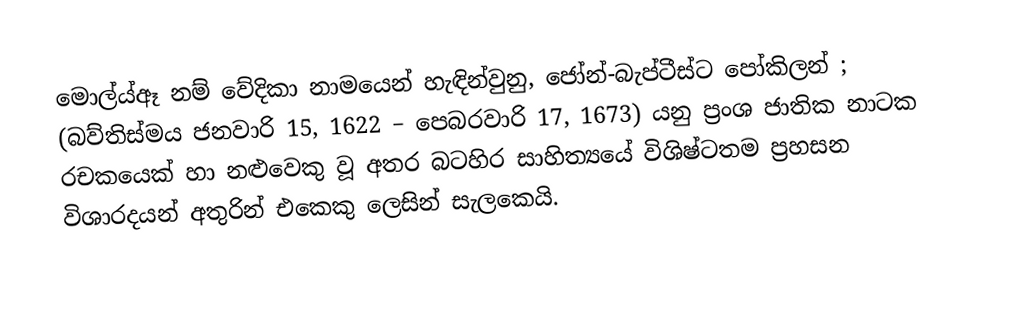
මොල්ය්ඈ නම් වේදිකා නාමයෙන් හැඳින්වුනු, ජෝන්-බැප්ටීස්ට පෝකිලන් ; (බව්තිස්මය ජනවාරි 15, 1622 – පෙබරවාරි 17, 1673) යනු ප්‍රංශ ජාතික නාටක රචකයෙක් හා නළුවෙකු වූ අතර බටහිර සාහිත්‍යයේ විශිෂ්ටතම ප්‍රහසන විශාරදයන් අතුරින් එකෙකු ලෙසින් සැලකෙයි.